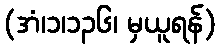
(အံ၊၁၊၁၃၆၊ မှယူရန်)